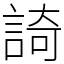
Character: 䛴